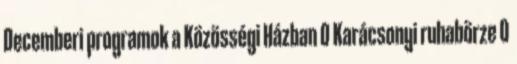
Decemberi programok a Közösségi Házban 0 Karácsonyi ruhabörze 0